Vaccination in Bombay 1863-1868 - 1863-1868
Year: 1863
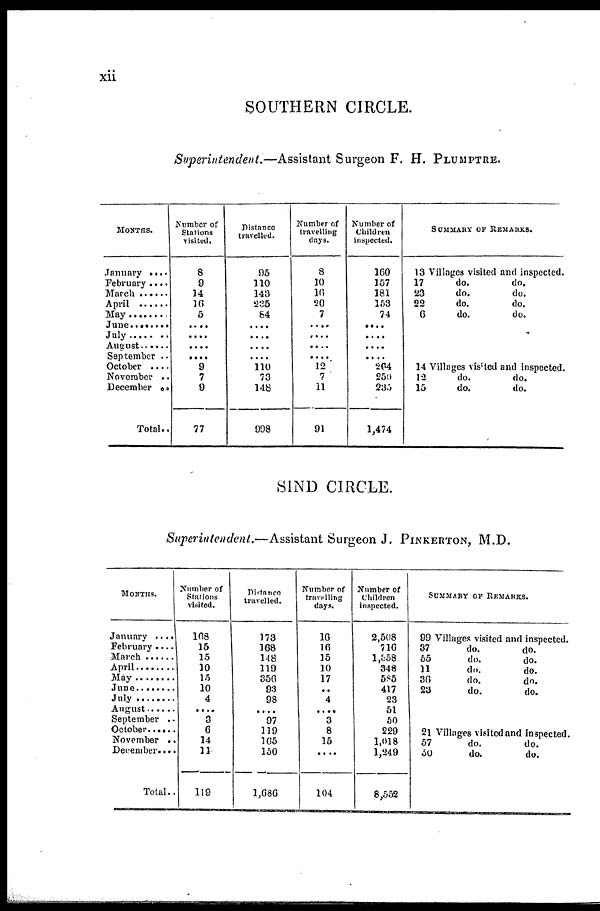
xii
SOUTHERN CIRCLE.
Superintendent.—Assistant Surgeon F. H. PLUMPTRE.
MONTHS.
January ....
February ....
March .......
April .........
May ..........
June ..........
July
August ......
September ..
October ...
November ..
December ..
Total..
Number of
Stations
visited.
8
9
14
16
5
....
....
....
....
9
7
9
77
Distance
travelled.
95
110 143
235
84
....
....
....
....
110
73
148
998
Number of
travelling
days.
8
10
16
20
7
....
....
....
....
12
7
11
91
Number of
Children
inspected.
160
157
181
153
74
....
....
....
....
264
250
235
1,474
SUMMARY OF REMARKS.
13 Villages visited and inspected.
17
do.
do.
23
do.
do.
22
do.
do.
6
do.
do.
14 Villages visited and inspected.
12
do.
do.
15
do.
do.
SIND CIRCLE.
Superintendent.—Assistant Surgeon J. PINKERTON, M.D.
MONTHS.
January ....
February ....
March ........
April .........
May ...........
June ...........
July
August ........
September ..
October ......
November ..
December....
Total..
Number of
Stations
visited.
168
15
15
10
15
10
4
....
3
6
14
11
119
Distance
travelled.
173
168
148
119
356
93
98
....
97
119
165
150
1,686
Number of
travelling
days.
16
16
15
10
17
..
4
....
3
8
15
....
104
Number of
Children
inspected.
2,508
716
1,358
348
585
417
23
51
50
229
1,018
1,249
8,552
SUMMARY OF REMARKS.
99 Villages visited and inspected.
37
do.
do.
55
do.
do.
11
do.
do.
36
do.
do.
23
do.
do.
21 Villages visited and inspected.
57
do.
do.
50
do.
do.